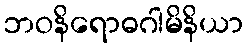
ဘဝနိရောဓဂါမိနိယာ